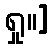
ရှု။]